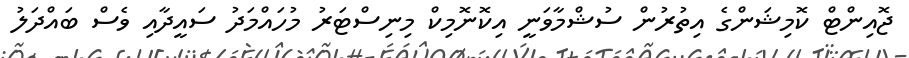
ޖޮއިންޓް ކޮމިޝަންގެ އިތުރުން ސުޝްމާވަނީ އިކޮނޮމިކް މިނިސްޓަރު މުހައްމަދު ސައީދާއި ވެސް ބައްދަލު